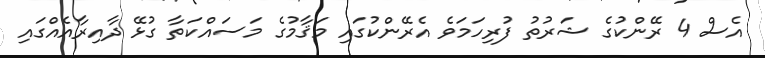
އެސް 4 ރޭންކުގެ ޝަރުތު ފުރިހަމަވެ އެރޭންކުގައި މަޤާމުގެ މަސައްކަތާ ގުޅޭ ދާއިރާއެއްގައި